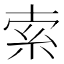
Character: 索